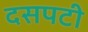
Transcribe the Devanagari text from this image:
दसपटी